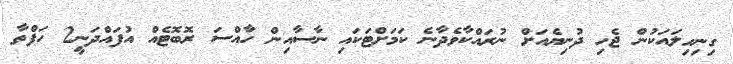
ގިނިހިލައަކުން ޖެހި ދުނިޔެއަށް ނުރައްކާވެދާނެ ކަމަށްޓަކައި ނާސާއިން ހާއްސަ ރޮބޮޓެއް އުފައްދަނީ2 ހަފްތާ